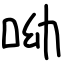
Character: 呦